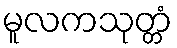
မူလကသုတ္တံ